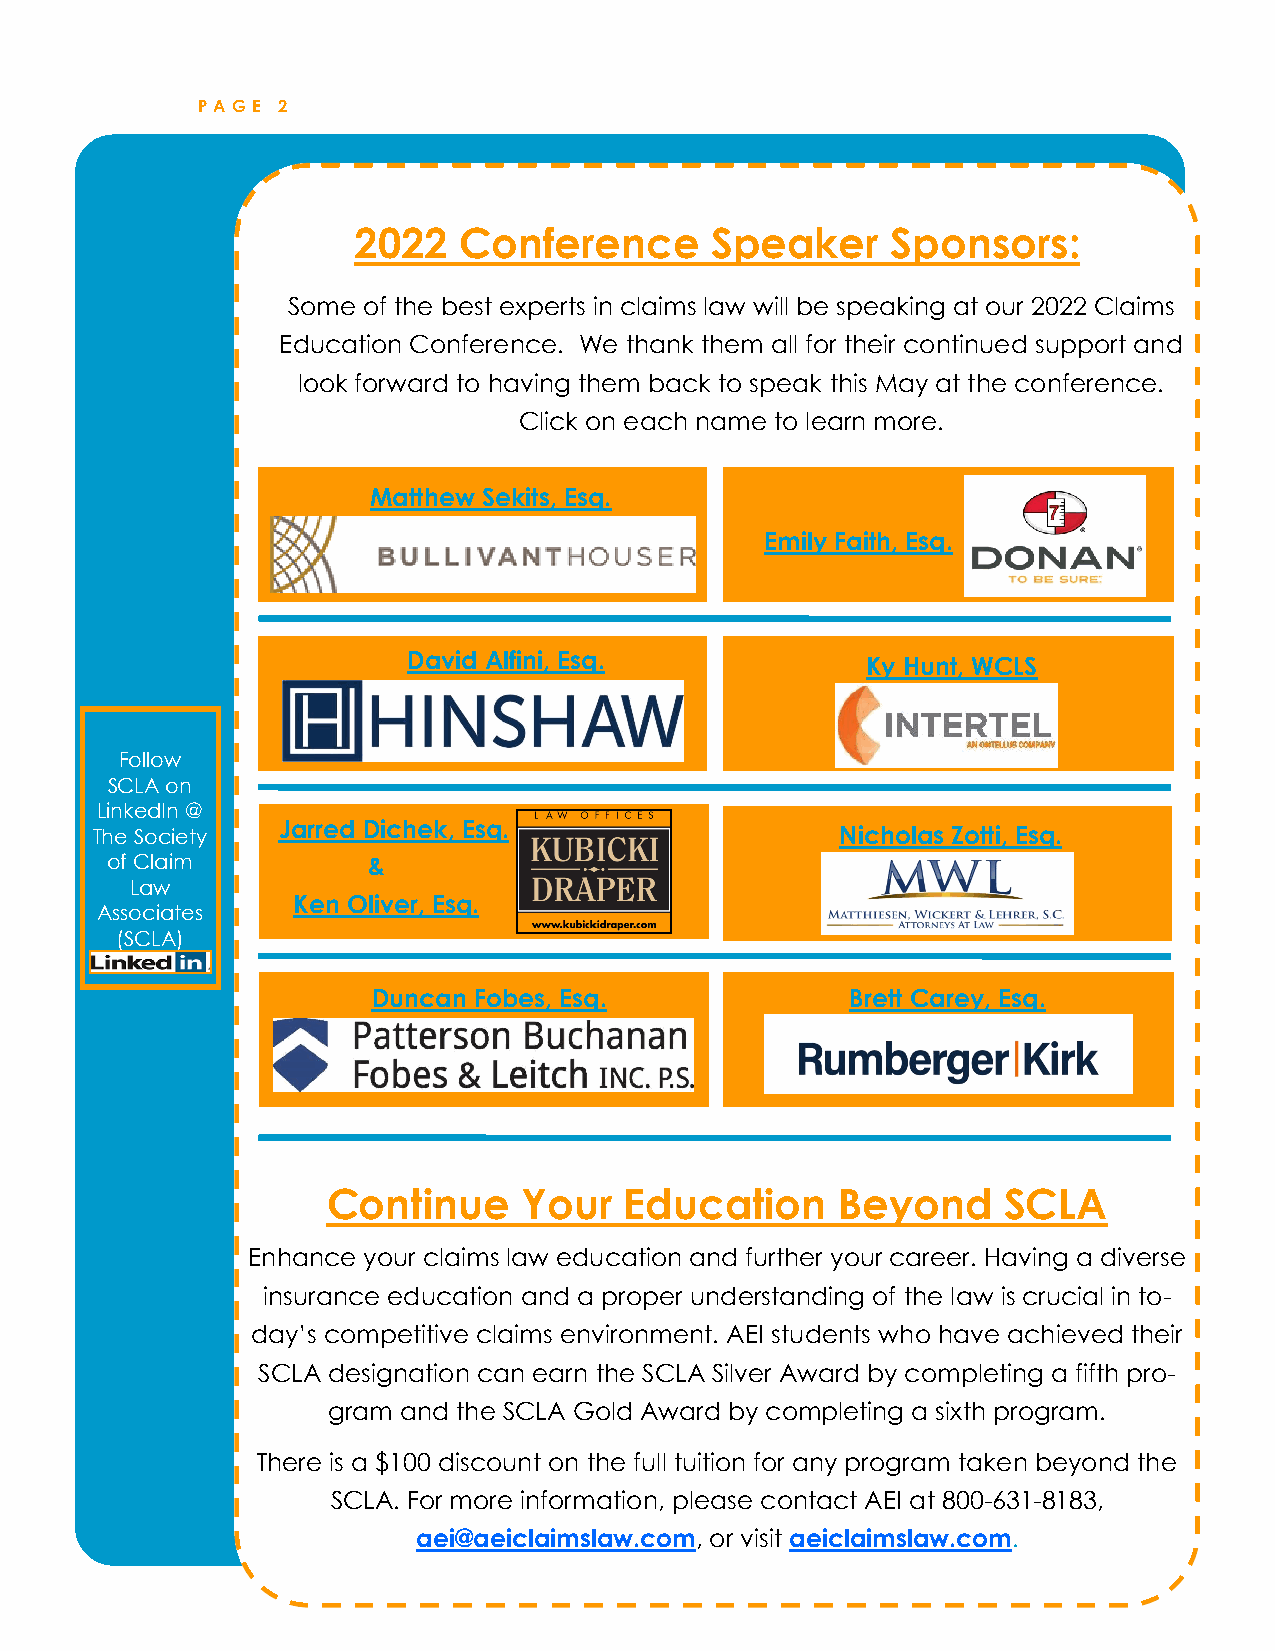
P A GE 2
 2022   Conference       Speaker     Sponsors:
 Some of the best experts in claims law will be speaking at our 2022 Claims
 Education Conference. We thank them all for their continued support and
 look forward to having them back to speak this May at the conference.
 Click on each name to learn more.
 Matthew Sekits, Esq.
 Emily Faith, Esq.
 David Alfini, Esq.            Ky Hunt, WCLS
 Follow
 SCLA on
 LinkedIn @
 The Society Jarred Dichek, Esq.                   Nicholas Zotti, Esq.
 of Claim         &
 Law
 Ken Oliver, Esq.
 Associates
 (SCLA)
 Duncan Fobes, Esq.             Brett Carey, Esq.
 Continue     Your  Education      Beyond     SCLA
 Enhance your claims law education and further your career. Having a diverse
 insurance education and a proper understanding of the law is crucial in to-
 day’s competitive claims environment. AEI students who have achieved their
 SCLA designation can earn the SCLA Silver Award by completing a fifth pro-
 gram and the SCLA Gold Award by completing a sixth program.
 There is a $100 discount on the full tuition for any program taken beyond the
 SCLA. For more information, please contact AEI at 800-631-8183,
 aei@aeiclaimslaw.com, or visit aeiclaimslaw.com.